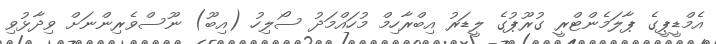
އެމްޑީޕީގެ ޕާލަމެންޓްރީ ގުރޫޕުގެ ލީޑަރު އިބްރާހިމް މުހައްމަދު ސޯލިހު (އިބޫ) ނޫސްވެރިންނަށް ވިދާޅުވި